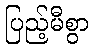
ပြည့်မီစွာ